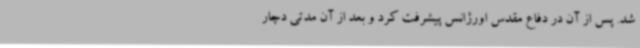
شد. پس از آن در دفاع مقدس اورژانس پیشرفت کرد و بعد از آن مدتی دچار